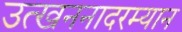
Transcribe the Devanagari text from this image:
उत्खननादरम्यान